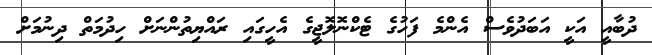
ދުބާއީ އަކީ އަބަދުވެސް އެންމެ ފަހުގެ ޓެކްނޮލޮޖީގެ އެހީގައި ރައްޔިތުންނަށް ހިދުމަތް ދިނުމަށް